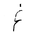
Letter: _gayn